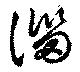
淄